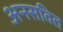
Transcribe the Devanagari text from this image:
अनसवित